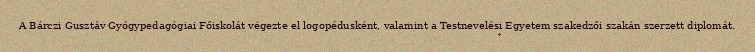
A Bárczi Gusztáv Gyógypedagógiai Főiskolát végezte el logopédusként, valamint a Testnevelési Egyetem szakedzői szakán szerzett diplomát.